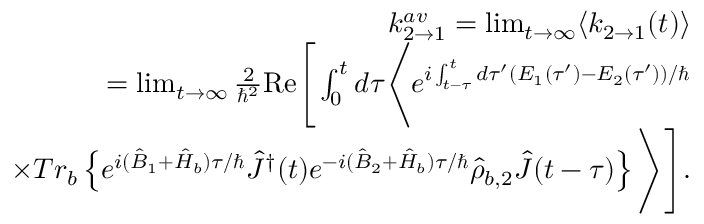
\begin{array} { r l r } & { } & { k _ { 2 \rightarrow 1 } ^ { a v } = \operatorname* { l i m } _ { t \rightarrow \infty } \langle k _ { 2 \rightarrow 1 } ( t ) \rangle } \\ & { } & { = \operatorname* { l i m } _ { t \rightarrow \infty } \frac { 2 } { \hbar ^ { 2 } } \mathrm { R e } \Bigg [ \int _ { 0 } ^ { t } d \tau \Bigg \langle e ^ { i \int _ { t - \tau } ^ { t } d \tau ^ { \prime } ( E _ { 1 } ( \tau ^ { \prime } ) - E _ { 2 } ( \tau ^ { \prime } ) ) / \hbar } } \\ & { } & { \times T r _ { b } \left\{ e ^ { i ( \hat { B } _ { 1 } + \hat { H } _ { b } ) \tau / \hbar } \hat { J } ^ { \dagger } ( t ) e ^ { - i ( \hat { B } _ { 2 } + \hat { H } _ { b } ) \tau / \hbar } \hat { \rho } _ { b , 2 } \hat { J } ( t - \tau ) \right\} \Bigg \rangle \Bigg ] . } \end{array}